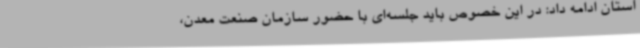
استان ادامه داد: در این خصوص باید جلسه‌ای با حضور سازمان صنعت معدن،